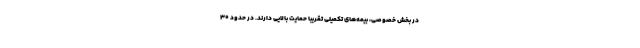
در بخش خصوصی، بیمه‌های تکمیلی تقریبا حمایت بالایی دارند. در حدود ۳۰